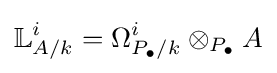
\mathbb {L} _{A/k}^{i}=\Omega _{P_{\bullet }/k}^{i}\otimes _{P_{\bullet }}A